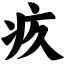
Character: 疚